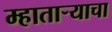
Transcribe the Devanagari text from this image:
म्हातार्‍याचा